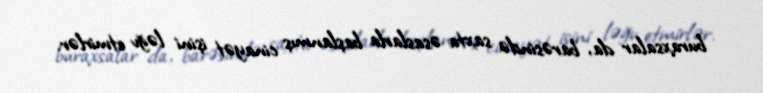
buraxsalar da, barəsində saxta əsaslarla başlanmış cinayət işini ləğv etmirlər.